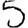
Digit: 5